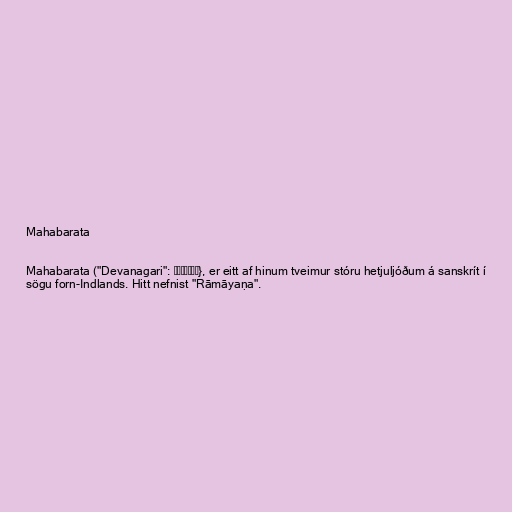
Mahabarata

Mahabarata ("Devanagari": महाभारत}, er eitt af hinum tveimur stóru hetjuljóðum á sanskrít í
sögu forn-Indlands. Hitt nefnist "Rāmāyaṇa".